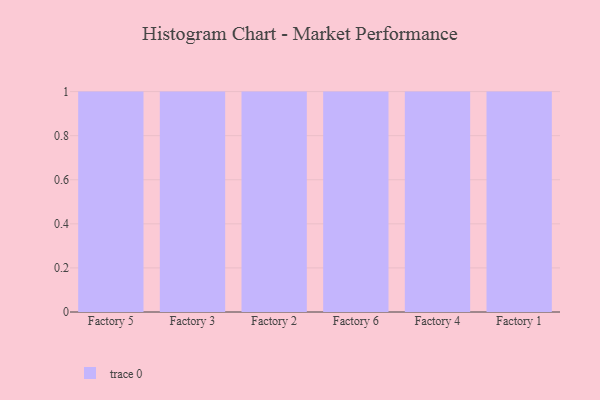
{"axis": {"x": "Factory", "y": "Budget (USD K)"}, "legend": [""], "data": [{"x": "Factory 5", "y": 91, "type": ""}, {"x": "Factory 3", "y": 56, "type": ""}, {"x": "Factory 2", "y": 98, "type": ""}, {"x": "Factory 6", "y": 77, "type": ""}, {"x": "Factory 4", "y": 16, "type": ""}, {"x": "Factory 1", "y": 48, "type": ""}]}